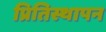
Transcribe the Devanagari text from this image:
प्रितिस्थापन